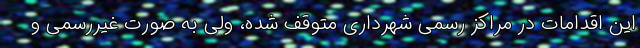
این اقدامات در مراکز رسمی شهرداری متوقف شده، ولی به صورت غیررسمی و